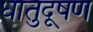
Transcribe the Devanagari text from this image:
धातुदूषण